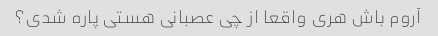
آروم باش هری واقعا از چی عصبانی هستی پاره شدی؟